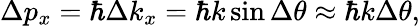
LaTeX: \Delta p_{x}=\hbar\Delta k_{x}=\hbar k\sin{\Delta\theta}\approx\hbar k\Delta\theta,